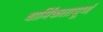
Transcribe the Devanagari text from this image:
धार्मिकतापूर्ण